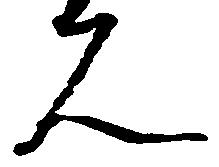
人